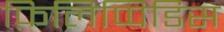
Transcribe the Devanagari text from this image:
फ़िलिप्पिडिस